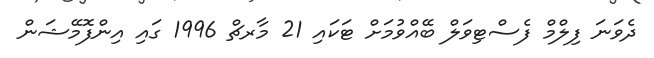
ދެވަނަ ފިލްމް ފެސްޓިވަލް ބޭއްވުމަށް ޓަކައި 21 މާރޗް 1996 ގައި އިންފޮމޭޝަން